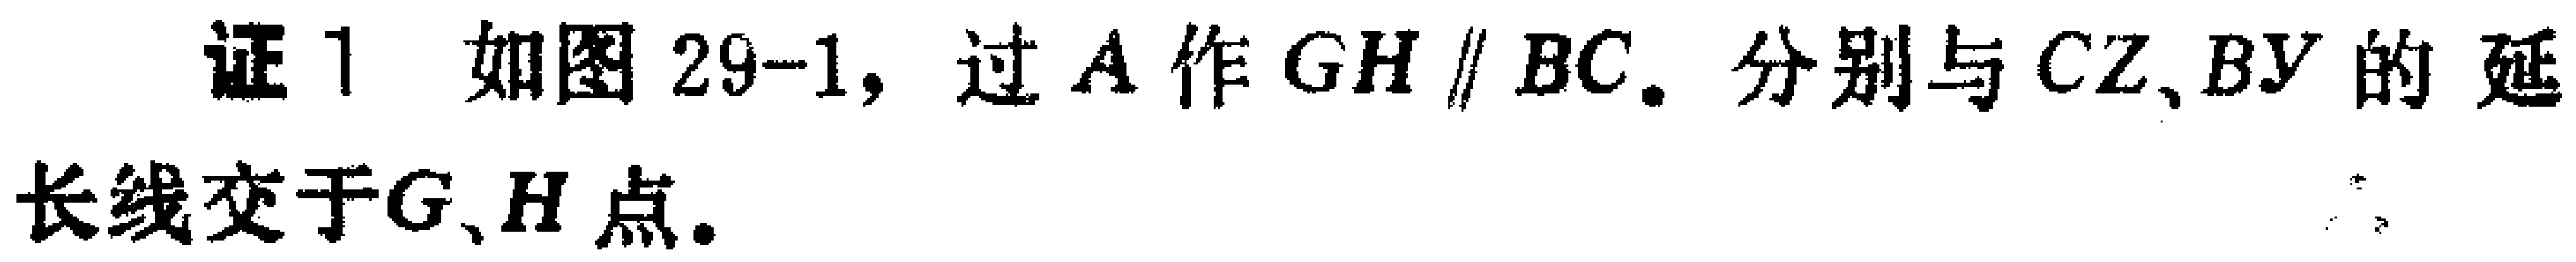
证1 如图29-1, 过\(A\)作\(GH \parallel BC\). 分别与\(CZ\)、\(BY\)的延长线交于\(G\)、\(H\)点.